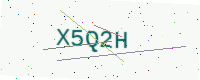
Text: X5Q2H